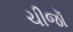
ચીજૉ